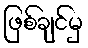
ဖြစ်ချင်မှ